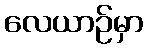
လေယာဉ်မှာ